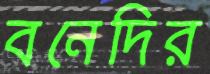
বনেদির